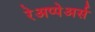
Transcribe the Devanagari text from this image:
रेअप्पेअर्स